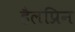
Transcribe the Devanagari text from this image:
हैलप्रिन